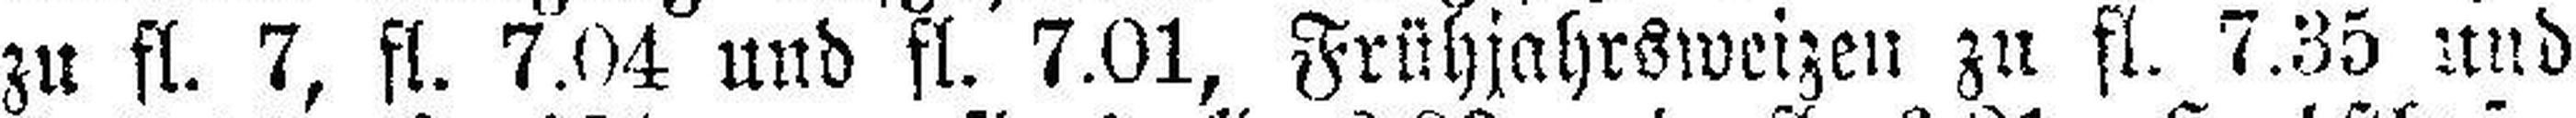
zu fl. 7, fl. 7.04 und fl. 7.01, Frühjahrsweizen zu fl. 7.35 und